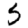
Digit: 5